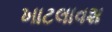
ખાટલાવશ